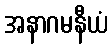
အနာဂမနီယံ